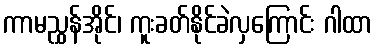
ကာမညွှန်အိုင်၊ ကူးခတ်နိုင်ခဲလှကြောင်း ဂါထာ